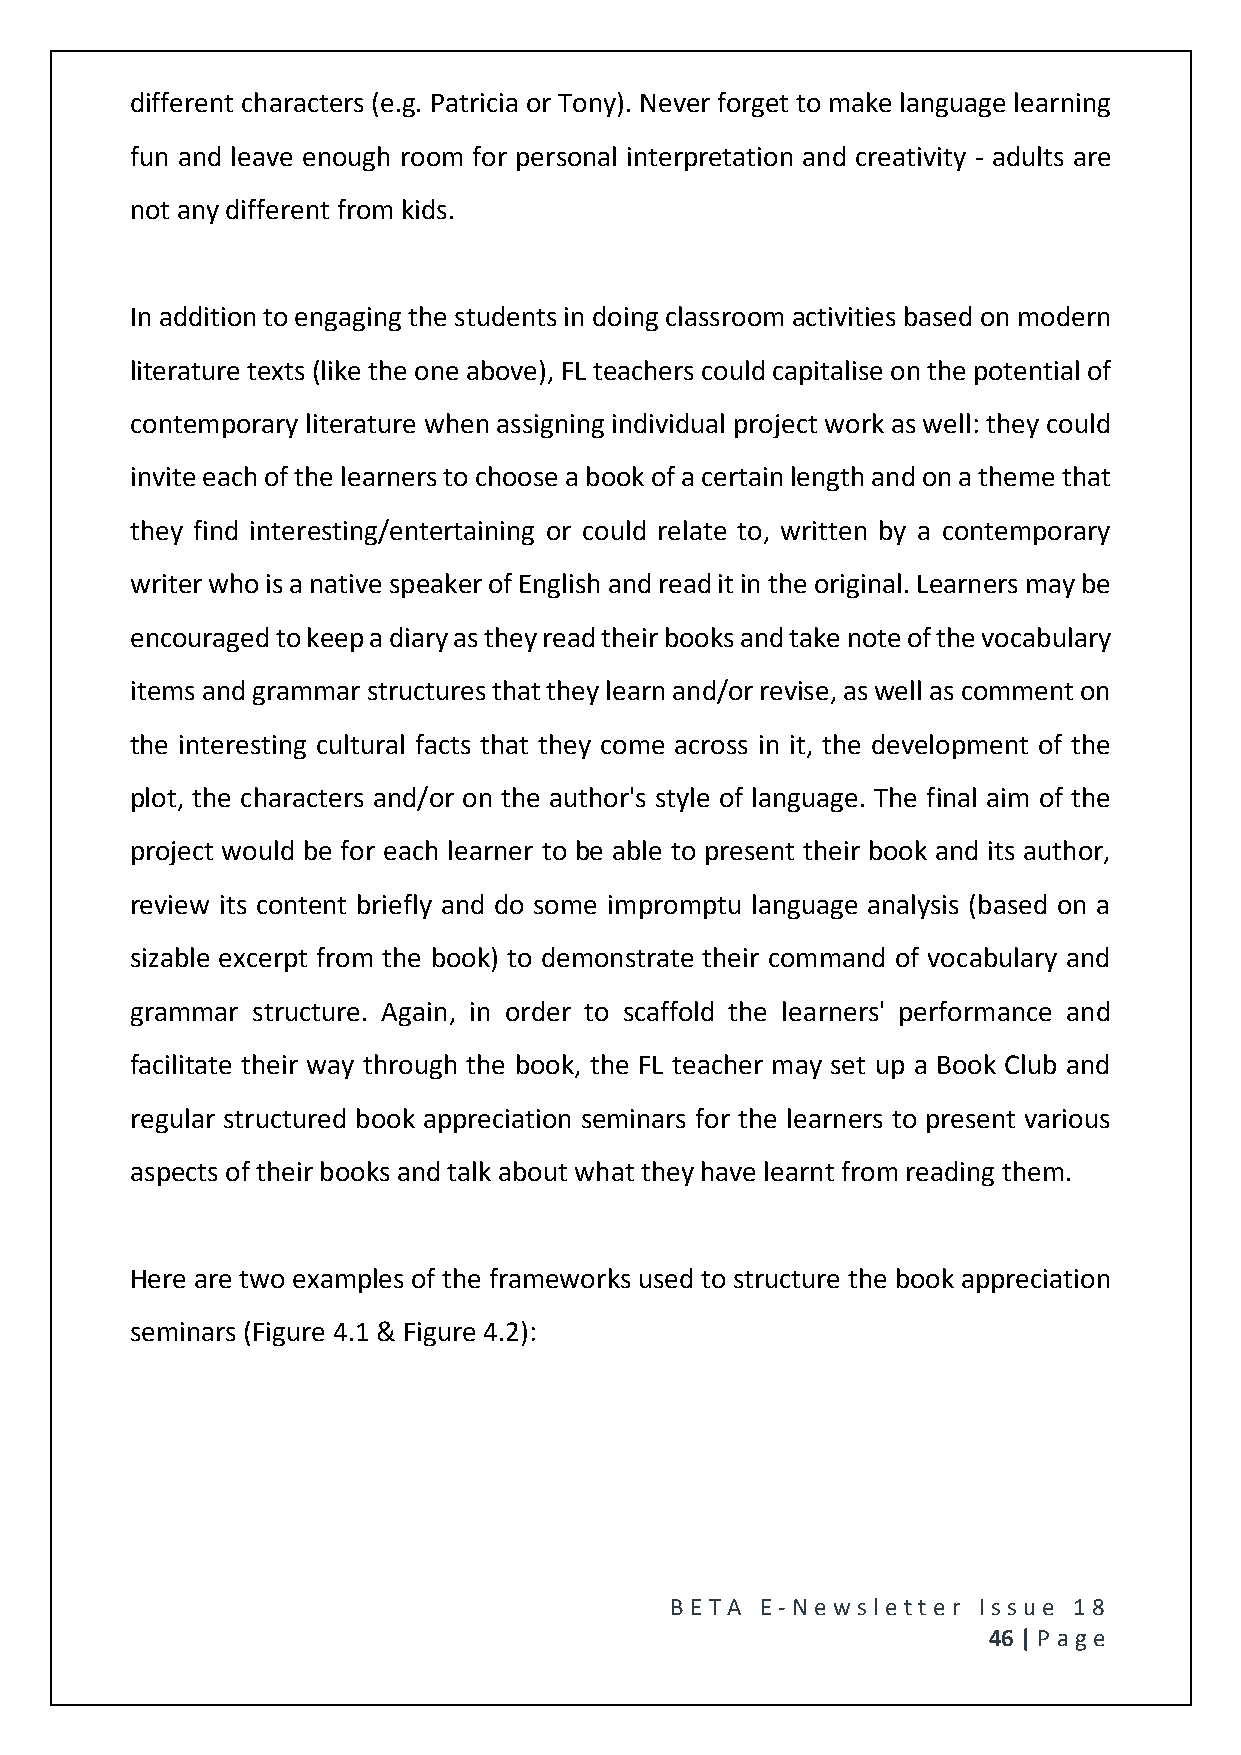
different characters (e.g. Patricia or Tony). Never forget to make language learning
 fun and leave enough room for personal interpretation and creativity - adults are
 not any different from kids.
 In addition to engaging the students in doing classroom activities based on modern
 literature texts (like the one above), FL teachers could capitalise on the potential of
 contemporary literature when assigning individual project work as well: they could
 invite each of the learners to choose a book of a certain length and on a theme that
 they find interesting/entertaining or could relate to, written by a contemporary
 writer who is a native speaker of English and read it in the original. Learners may be
 encouraged to keep a diary as they read their books and take note of the vocabulary
 items and grammar structures that they learn and/or revise, as well as comment on
 the interesting cultural facts that they come across in it, the development of the
 plot, the characters and/or on the author's style of language. The final aim of the
 project would be for each learner to be able to present their book and its author,
 review its content briefly and do some impromptu language analysis (based on a
 sizable excerpt from the book) to demonstrate their command of vocabulary and
 grammar structure. Again, in order to scaffold the learners' performance and
 facilitate their way through the book, the FL teacher may set up a Book Club and
 regular structured book appreciation seminars for the learners to present various
 aspects of their books and talk about what they have learnt from reading them.
 Here are two examples of the frameworks used to structure the book appreciation
 seminars (Figure 4.1 & Figure 4.2):
 BE T A E -N e wsle tt e r Issue 18
 46 | P age